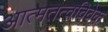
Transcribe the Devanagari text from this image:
आत्मतत्वविवेक